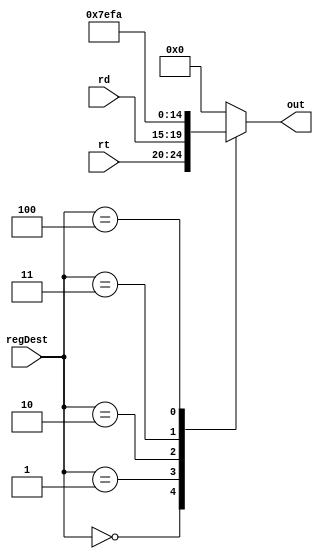
module mux_regs(rt, rd, out, regDest);
	
	input [4:0] rt, rd;
	input [2:0] regDest;  
	
	output reg [4:0] out;
	
	localparam RA = 5'b11111, RA_OS = 5'b10111, PC_BACK = 5'b11010;
	
	always @ (*)
	begin
		case(regDest)
			0: out = rt;
			1: out = rd;
			2: out = RA;
			3: out = RA_OS;
			4: out = PC_BACK;
			default: out = 0;
		endcase
	end
	
endmodule